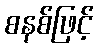
စနစ်ဖြင့်